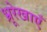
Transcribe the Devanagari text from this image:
भ्रूरेखाएँ